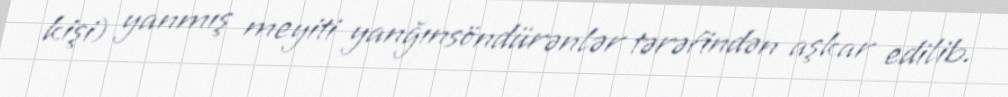
kişi) yanmış meyiti yanğınsöndürənlər tərəfindən aşkar edilib.